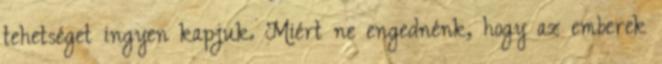
tehetséget ingyen kapjuk. Miért ne engednénk, hogy az emberek